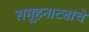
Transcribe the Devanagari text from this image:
समूहनाट्याचे